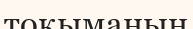
тоқыманың